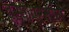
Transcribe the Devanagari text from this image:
वर्षाप्रमाणे